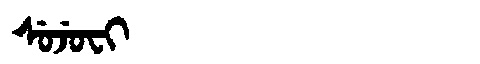
Manchu: ᠰᡠᠵᡠᠸᡳ
Romanization: SUJUFI